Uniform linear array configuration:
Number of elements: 48
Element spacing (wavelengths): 0.75
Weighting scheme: cosine
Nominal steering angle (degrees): -30
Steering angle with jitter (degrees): -29.06
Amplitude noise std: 0.05
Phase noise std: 0.05

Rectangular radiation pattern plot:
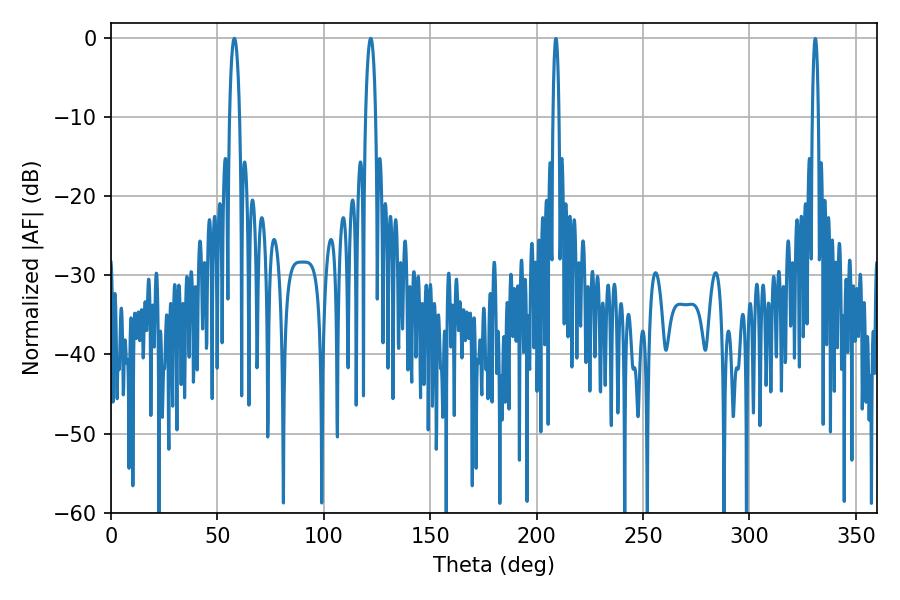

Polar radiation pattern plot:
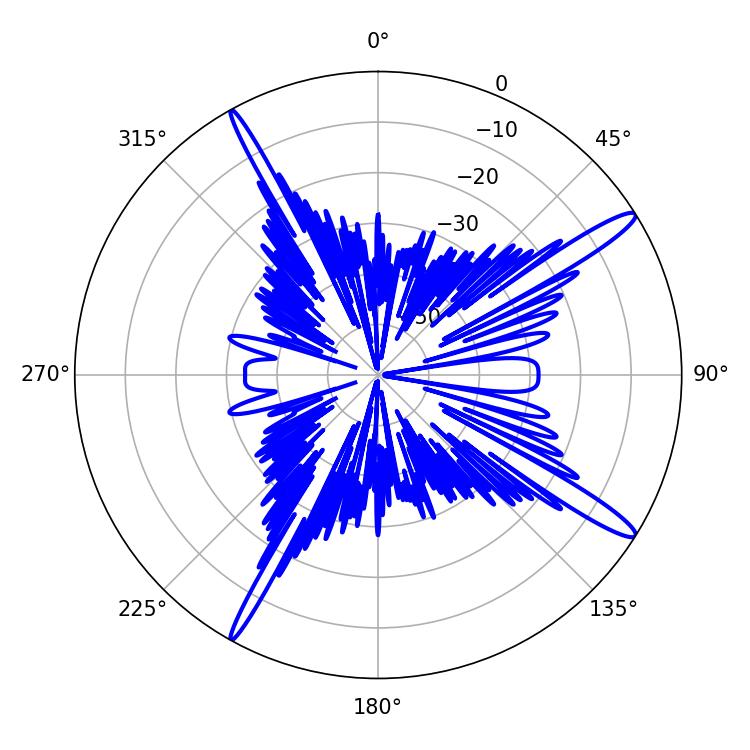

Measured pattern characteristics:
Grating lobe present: TRUE
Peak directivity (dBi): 15.341
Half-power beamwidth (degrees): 2.52
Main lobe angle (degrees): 57.96